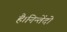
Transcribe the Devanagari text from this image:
है।निन्तेंदो